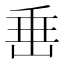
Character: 𡸁